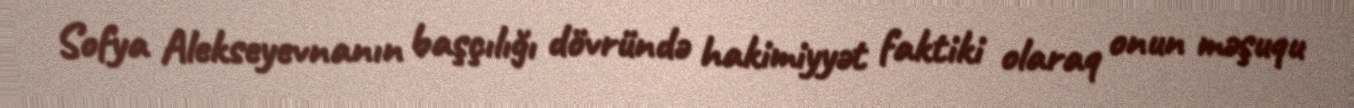
Sofya Alekseyevnanın başçılığı dövründə hakimiyyət faktiki olaraq onun məşuqu